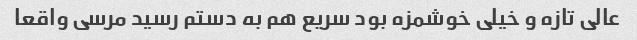
عالی تازه و خیلی خوشمزه بود سریع هم به دستم رسید مرسی واقعا